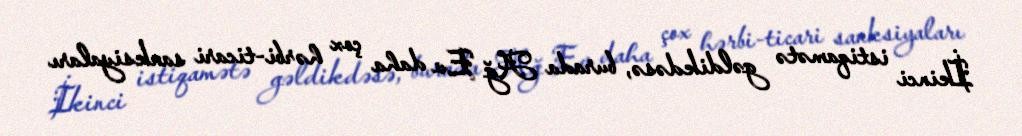
İkinci istiqamətə gəldikdəsə, burada Ağ Ev daha çox hərbi-ticari sanksiyaları